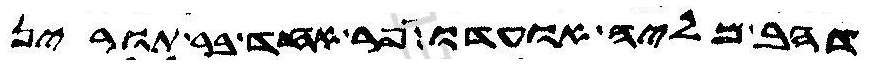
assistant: דהב מליה אועדו פר אחד בר תורין